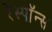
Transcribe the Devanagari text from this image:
रेस्पाॅन्स